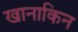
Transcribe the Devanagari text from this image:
खानाकिन